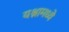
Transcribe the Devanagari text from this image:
यश्नामध्ये